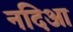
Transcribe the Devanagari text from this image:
नदिआ